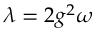
\lambda = 2 g ^ { 2 } \omega